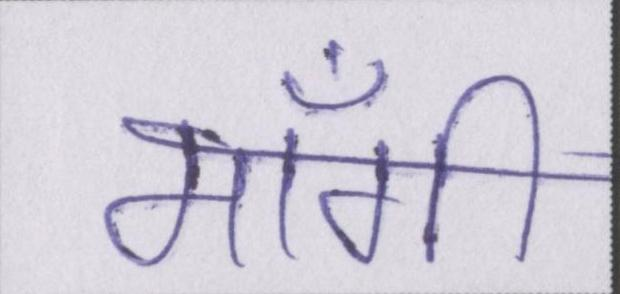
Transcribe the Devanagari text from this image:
माँगी